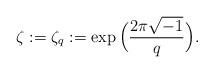
LaTeX: \begin{align*} \zeta:=\zeta_q:=\exp\Big(\frac{2\pi \sqrt{-1}}{q}\Big).\end{align*}